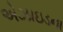
એઝાઇડના